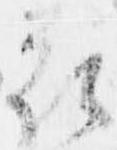
花